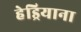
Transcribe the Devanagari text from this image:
हेड्रियाना